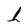
Character: h